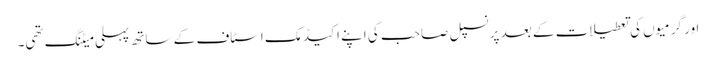
اور گرمیوں کی تعطیلات کے بعد پرنسپل صاحب کی اپنے اکیڈمک اسٹاف کے ساتھ پہلی میٹنگ تھی۔